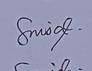
Signature authenticity: genuine